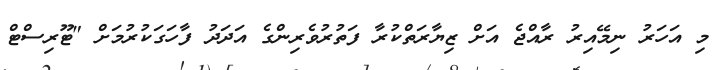
މި އަހަރު ނިމޭއިރު ރާއްޖެ އަށް ޒިޔާރަތްކުރާ ފަތުރުވެރިންގެ އަދަދު ފާހަގަކުރުމަށް "ޓޫރިސްޓް